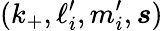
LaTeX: {(k_{+},\ell_{i}^{\prime},m_{i}^{\prime},\boldsymbol{s})}